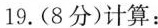
19.(8分)计算：